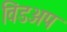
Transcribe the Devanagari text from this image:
विंडअप